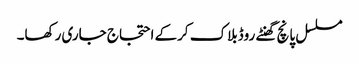
مسلسل پانچ گھنٹے روڈبلاک کرکے احتجاج جاری رکھا۔